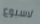
لاسبوع